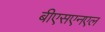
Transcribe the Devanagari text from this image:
बीएसएनएल